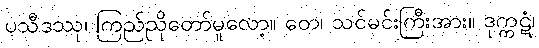
ပသီဒဿု၊ ကြည်ညိုတော်မူလော့။ တေ၊ သင်မင်းကြီးအား။ ဒုက္ကဋံ၊